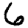
Digit: 6